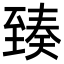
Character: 𦥇